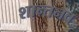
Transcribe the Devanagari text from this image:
शान्तनव